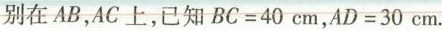
别在AB，AC上，已知$$B C = 4 0 c m$$，$$A D = 3 0 c m$$.